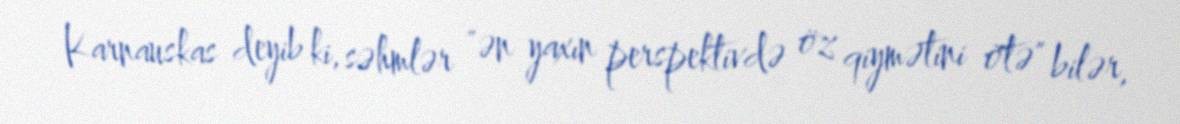
Karnauskas deyib ki, səhmlər "ən yaxın perspektivdə öz qiymətini ötə" bilər,